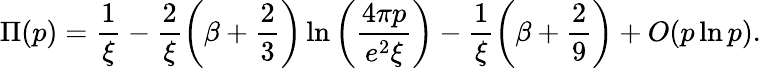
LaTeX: \Pi(p)=\frac{1}{\xi}-\frac{2}{\xi}\left(\beta+\frac{2}{3}\right)\ln\left(\frac{4\pi p}{e^{2}\xi}\right)-\frac{1}{\xi}\left(\beta+\frac{2}{9}\right)+O(p\ln p).